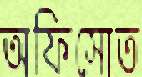
অফিসোত